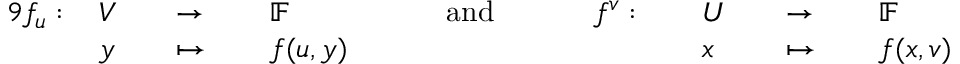
{ \begin{array} { r l r l r l r l r l r l r l r l } { { 9 } f _ { u } : \, } & { V } & & { \to \, } & & { \mathbb { F } } & & { \quad { \mathrm { ~ a n d ~ } } \quad } & & { f ^ { v } : \, } & & { U } & & { \to \, } & & { \mathbb { F } } \\ & { y } & & { \mapsto \, } & & { f ( u , y ) } & & { } & & { } & & { x } & & { \mapsto \, } & & { f ( x , v ) } \end{array} }